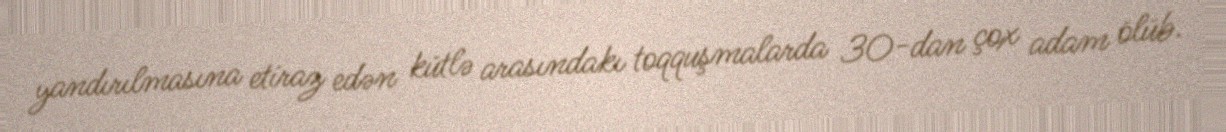
yandırılmasına etiraz edən kütlə arasındakı toqquşmalarda 30-dan çox adam ölüb.